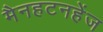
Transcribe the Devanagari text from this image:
मैनहटनहेंज